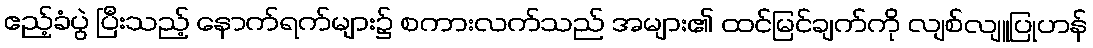
ဧည့်ခံပွဲ ပြီးသည့် နောက်ရက်များ၌ စကားလက်သည် အများ၏ ထင်မြင်ချက်ကို လျစ်လျူပြုဟန်